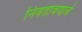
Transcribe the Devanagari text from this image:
निवडावयाचे